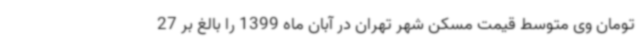
تومان وی متوسط قیمت مسکن شهر تهران در آبان ماه 1399 را بالغ بر 27